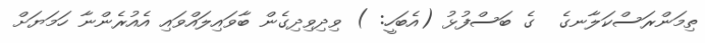
ތިމަންރަސްކަލާނގެ  ގެ ބަސްފުޅު (އެބަހީ: ) ވިދިވިދިގެން ބާވައިލައްވައި އެއުރެންނާ ހަމަޔަށް